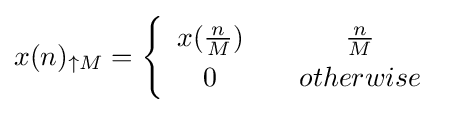
x(n)_{\uparrow M}={\begin{cases}{\begin{array}{c}x({\frac {n}{M}})\\0\end{array}}&{\begin{array}{c}{\frac {n}{M}}\\otherwise\end{array}}\end{cases}}